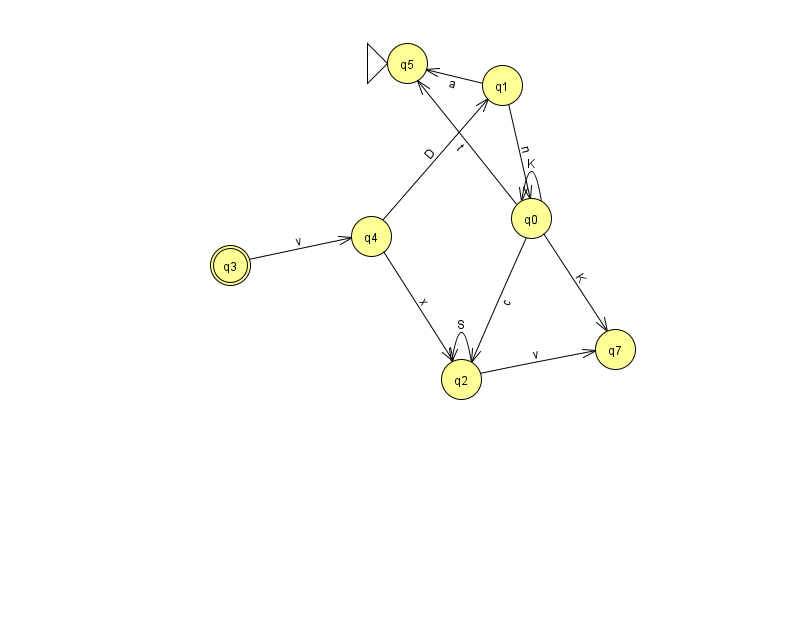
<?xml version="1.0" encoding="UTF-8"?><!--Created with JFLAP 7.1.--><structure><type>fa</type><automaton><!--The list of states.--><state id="0" name="q0"><x>531.0</x><y>205.0</y></state><state id="1" name="q1"><x>502.0</x><y>72.0</y></state><state id="2" name="q2"><x>461.0</x><y>366.0</y></state><state id="3" name="q3"><x>230.0</x><y>252.0</y><final/></state><state id="4" name="q4"><x>371.0</x><y>223.0</y></state><state id="5" name="q5"><x>407.0</x><y>50.0</y><initial/></state><state id="7" name="q7"><x>615.0</x><y>336.0</y></state><!--The list of transitions.--><transition><from>4</from><to>1</to><read>D</read></transition><transition><from>1</from><to>5</to><read>a</read></transition><transition><from>2</from><to>2</to><read>S</read></transition><transition><from>0</from><to>5</to><read>t</read></transition><transition><from>4</from><to>2</to><read>x</read></transition><transition><from>0</from><to>2</to><read>c</read></transition><transition><from>0</from><to>0</to><read>K</read></transition><transition><from>2</from><to>7</to><read>v</read></transition><transition><from>3</from><to>4</to><read>v</read></transition><transition><from>0</from><to>7</to><read>K</read></transition><transition><from>1</from><to>0</to><read>n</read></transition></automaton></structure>